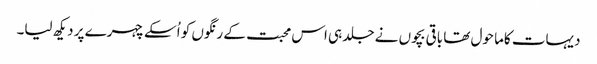
دیہات کاما حول تھا باقی بچوں نے جلد ہی اس محبت کے رنگوں کو اُسکے چہرے پر دیکھ لیا۔